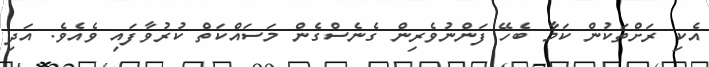
އެކި ރަށްތަކުން ކަމާ ބެހޭ ފަންނުވެރިން ގެނެސްގެން މަސައްކަތް ކުރުވާފައި ވެއެވެ. އަދި